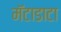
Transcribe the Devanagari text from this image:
मॅटाडाटा